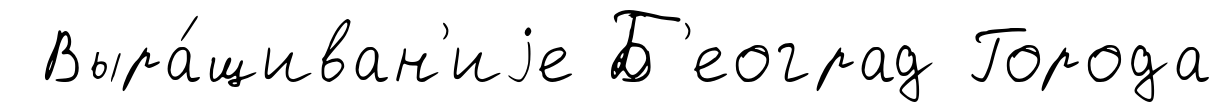
Выра́щиван'иjе Б'еоград Города